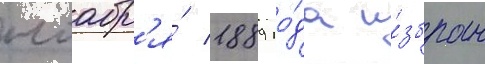
ноабр'я́ 1889 го́да и́збран